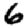
Digit: 6